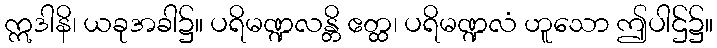
ဣဒါနိ၊ ယခုအခါ၌။ ပရိမဏ္ဍလန္တိ ဧတ္ထ၊ ပရိမဏ္ဍလံ ဟူသော ဤပါဌ်၌။